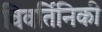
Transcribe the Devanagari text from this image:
विवर्तिनिकी